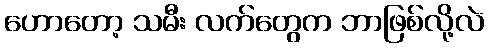
ဟောတော့ သမီး လက်တွေက ဘာဖြစ်လို့လဲ